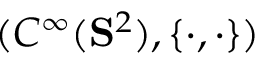
( C ^ { \infty } ( \mathbf { S } ^ { 2 } ) , \{ \cdot , \cdot \} )